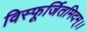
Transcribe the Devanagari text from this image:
विस्फूर्जितमिदम्।।